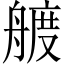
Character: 艔